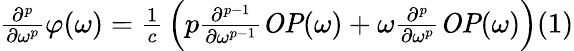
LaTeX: {\begin{array}{c}{{\frac{{\partial}^{p}}{\partial{\omega}^{p}}}\varphi\mathrm{(}\omega\mathrm{)}={\frac{1}{c}}\left(p{\frac{{\partial}^{p-1}}{\partial{\omega}^{p-1}}}{\mathit{OP}}\mathrm{(}\omega\mathrm{)}+\omega{\frac{{\partial}^{p}}{\partial{\omega}^{p}}}{\mathit{OP}}\mathrm{(}\omega\mathrm{)}\right)}\end{array}}(1)